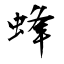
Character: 蜂